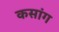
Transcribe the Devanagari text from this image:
कसांग